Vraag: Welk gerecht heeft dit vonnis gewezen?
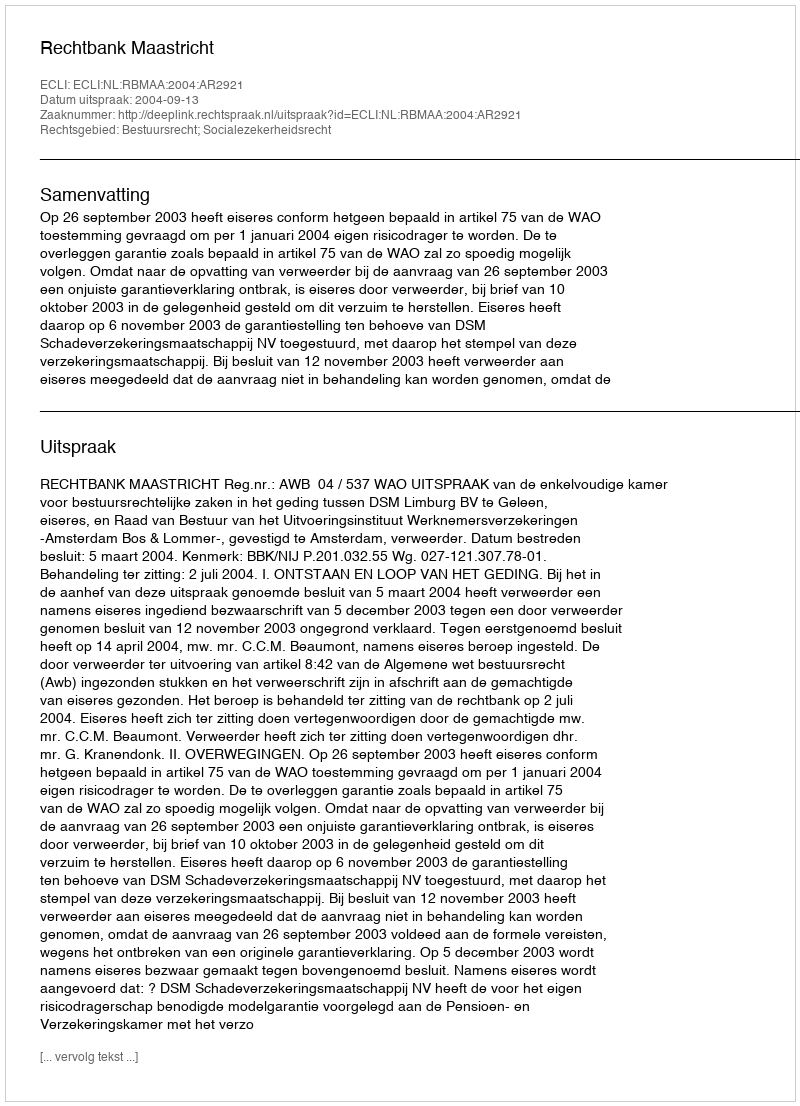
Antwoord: Rechtbank Maastricht